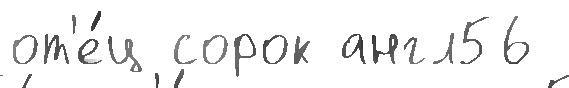
от'е́ц сорок англ56